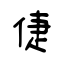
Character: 倢